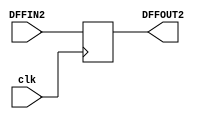
`timescale 1ns / 1ps
//////////////////////////////////////////////////////////////////////////////////
// Company: 
// Engineer: 
// 
// Design Name: 
// Module Name: DFF2
// Project Name: 
// Target Devices: 
// Tool Versions: 
// Description: 
// 
// Dependencies: 
// 
// Revision:
// Revision 0.01 - File Created
// Additional Comments:
// 
//////////////////////////////////////////////////////////////////////////////////


module DFF2(
    input [1:0] DFFIN2,
    input clk,
    output reg [1:0] DFFOUT2
    );
    always @(posedge clk) begin
        DFFOUT2 = DFFIN2;
    end
endmodule